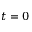
t = 0